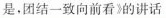
是，团结一致向前看》的讲话